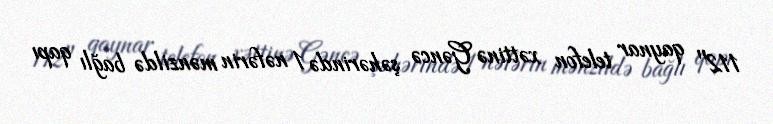
112" qaynar telefon xəttinə Gəncə şəhərində 1 nəfərin mənzildə bağlı qapı